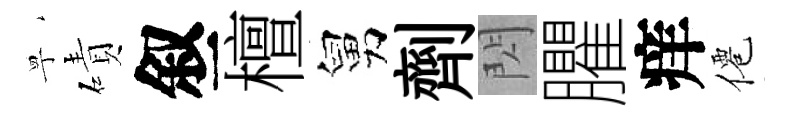
寧磧叙檀舅劑閃臞痒僊